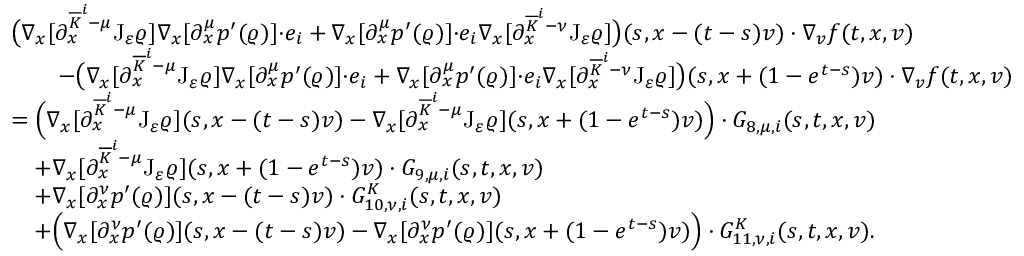
\begin{array} { r l } & { \big ( \nabla _ { x } [ \partial _ { x } ^ { \overline { { K } } ^ { i } - \mu } \mathrm { J } _ { \varepsilon } \varrho ] \nabla _ { x } [ \partial _ { x } ^ { \mu } p ^ { \prime } ( \varrho ) ] { \cdot } e _ { i } + \nabla _ { x } [ \partial _ { x } ^ { \mu } p ^ { \prime } ( \varrho ) ] { \cdot } e _ { i } \nabla _ { x } [ \partial _ { x } ^ { \overline { { K } } ^ { i } - \nu } \mathrm { J } _ { \varepsilon } \varrho ] \big ) ( s , x - ( t - s ) v ) \cdot \nabla _ { v } f ( t , x , v ) } \\ & { \qquad - \big ( \nabla _ { x } [ \partial _ { x } ^ { \overline { { K } } ^ { i } - \mu } \mathrm { J } _ { \varepsilon } \varrho ] \nabla _ { x } [ \partial _ { x } ^ { \mu } p ^ { \prime } ( \varrho ) ] { \cdot } e _ { i } + \nabla _ { x } [ \partial _ { x } ^ { \mu } p ^ { \prime } ( \varrho ) ] { \cdot } e _ { i } \nabla _ { x } [ \partial _ { x } ^ { \overline { { K } } ^ { i } - \nu } \mathrm { J } _ { \varepsilon } \varrho ] \big ) ( s , x + ( 1 - e ^ { t - s } ) v ) \cdot \nabla _ { v } f ( t , x , v ) } \\ & { = \Big ( \nabla _ { x } [ \partial _ { x } ^ { \overline { { K } } ^ { i } - \mu } \mathrm { J } _ { \varepsilon } \varrho ] ( s , x - ( t - s ) v ) - \nabla _ { x } [ \partial _ { x } ^ { \overline { { K } } ^ { i } - \mu } \mathrm { J } _ { \varepsilon } \varrho ] ( s , x + ( 1 - e ^ { t - s } ) v ) \Big ) \cdot G _ { 8 , \mu , i } ( s , t , x , v ) } \\ & { \quad + \nabla _ { x } [ \partial _ { x } ^ { \overline { { K } } ^ { i } - \mu } \mathrm { J } _ { \varepsilon } \varrho ] ( s , x + ( 1 - e ^ { t - s } ) v ) \cdot G _ { 9 , \mu , i } ( s , t , x , v ) } \\ & { \quad + \nabla _ { x } [ \partial _ { x } ^ { \nu } p ^ { \prime } ( \varrho ) ] ( s , x - ( t - s ) v ) \cdot G _ { 1 0 , \nu , i } ^ { K } ( s , t , x , v ) } \\ & { \quad + \Big ( \nabla _ { x } [ \partial _ { x } ^ { \nu } p ^ { \prime } ( \varrho ) ] ( s , x - ( t - s ) v ) - \nabla _ { x } [ \partial _ { x } ^ { \nu } p ^ { \prime } ( \varrho ) ] ( s , x + ( 1 - e ^ { t - s } ) v ) \Big ) \cdot G _ { 1 1 , \nu , i } ^ { K } ( s , t , x , v ) . } \end{array}